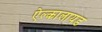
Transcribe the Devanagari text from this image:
ऐल्कालायड